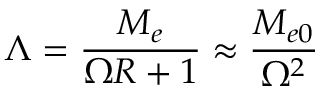
\Lambda = \frac { { \cal M } _ { e } } { \Omega { \cal R } + 1 } \approx \frac { { \cal M } _ { e 0 } } { \Omega ^ { 2 } }